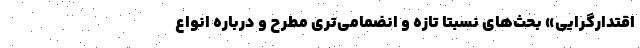
اقتدارگرایی» بحث‌های نسبتا تازه‌ و انضمامی‌تری مطرح و درباره انواع